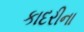
કાદરીના